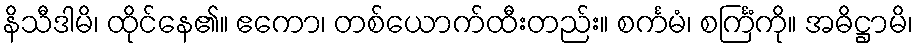
နိသီဒါမိ၊ ထိုင်နေ၏။ ဧကော၊ တစ်ယောက်ထီးတည်း။ စင်္ကမံ၊ စင်္ကြံကို။ အဓိဋ္ဌာမိ၊